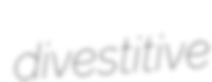
divestitive